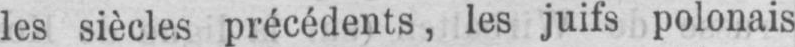
les siècles précédents, les juifs polonais